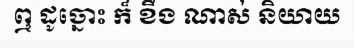
ឮ ដូច្នោះ ក៏ ខឹង ណាស់ និយាយ